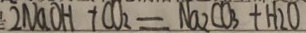
2 N a O H + C O _ { 2 } = N a _ { 2 } C O _ { 3 } + H _ { 2 } O